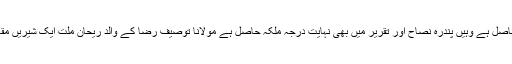
خاندان رضا کو جہاں دیگر علوم و فنون میں کمال حاصل ہے وہیں پندرہ نصاح اور تقریر میں بھی نہایت درجہ ملکہ حاصل ہے مولانا توصیف رضا کے والد ریحان ملت ایک شیریں مقال مقرر، جاد و بیان خطیب، فصیح البیان ادیب تھے۔